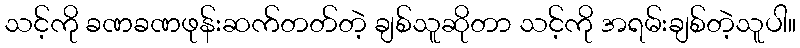
သင့်ကို ခဏခဏဖုန်းဆက်တတ်တဲ့ ချစ်သူဆိုတာ သင့်ကို အရမ်းချစ်တဲ့သူပါ။